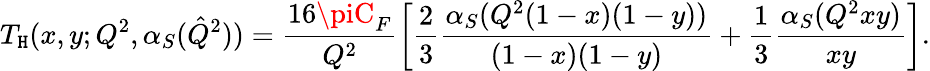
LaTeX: T_{\mathtt{H}}(x,y;Q^{2},\alpha_{S}(\hat{{Q}}^{2}))=\frac{{16\piC_{F}}}{{Q^{2}}}\left[\frac{2}{3}\frac{{\alpha_{S}(Q^{2}(1-x)(1-y))}}{{(1-x)(1-y)}}+\frac{1}{3}\frac{{\alpha_{S}(Q^{2}xy)}}{{xy}}\right].